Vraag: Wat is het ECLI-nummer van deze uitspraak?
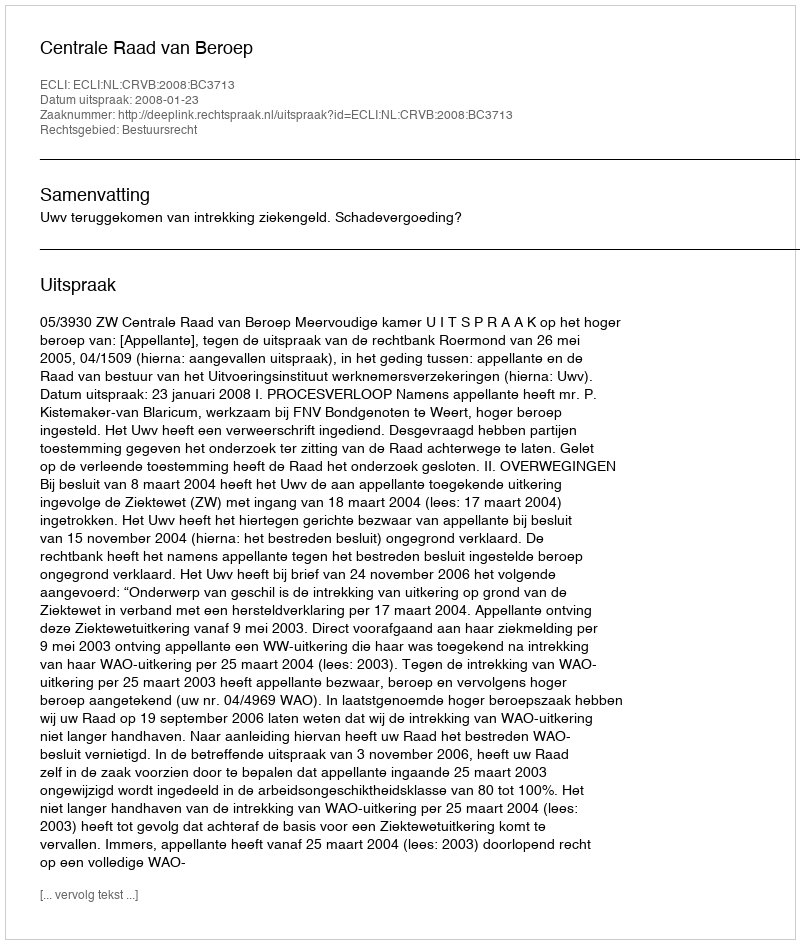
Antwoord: ECLI:NL:CRVB:2008:BC3713